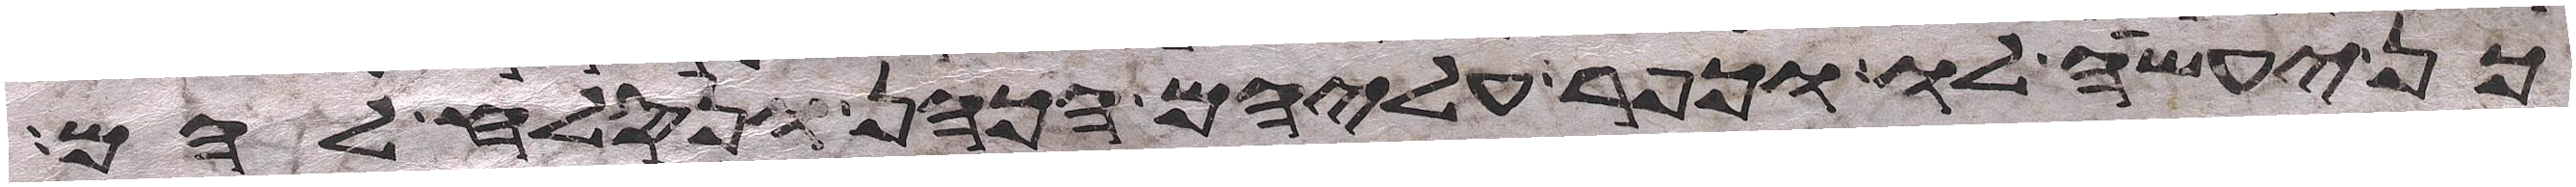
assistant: כן יעשה לו וכפר עליהם הכהן ונסלח להם